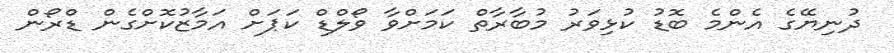
ދުނިޔޭގެ އެންމެ ބޮޑު ކުޅިވަރު މުބާރާތް ކަމަށްވާ ވޯލްޑް ކަޕަށް އަމާޒުކޮށްގެން ޑްރޯން